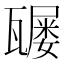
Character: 𤮒